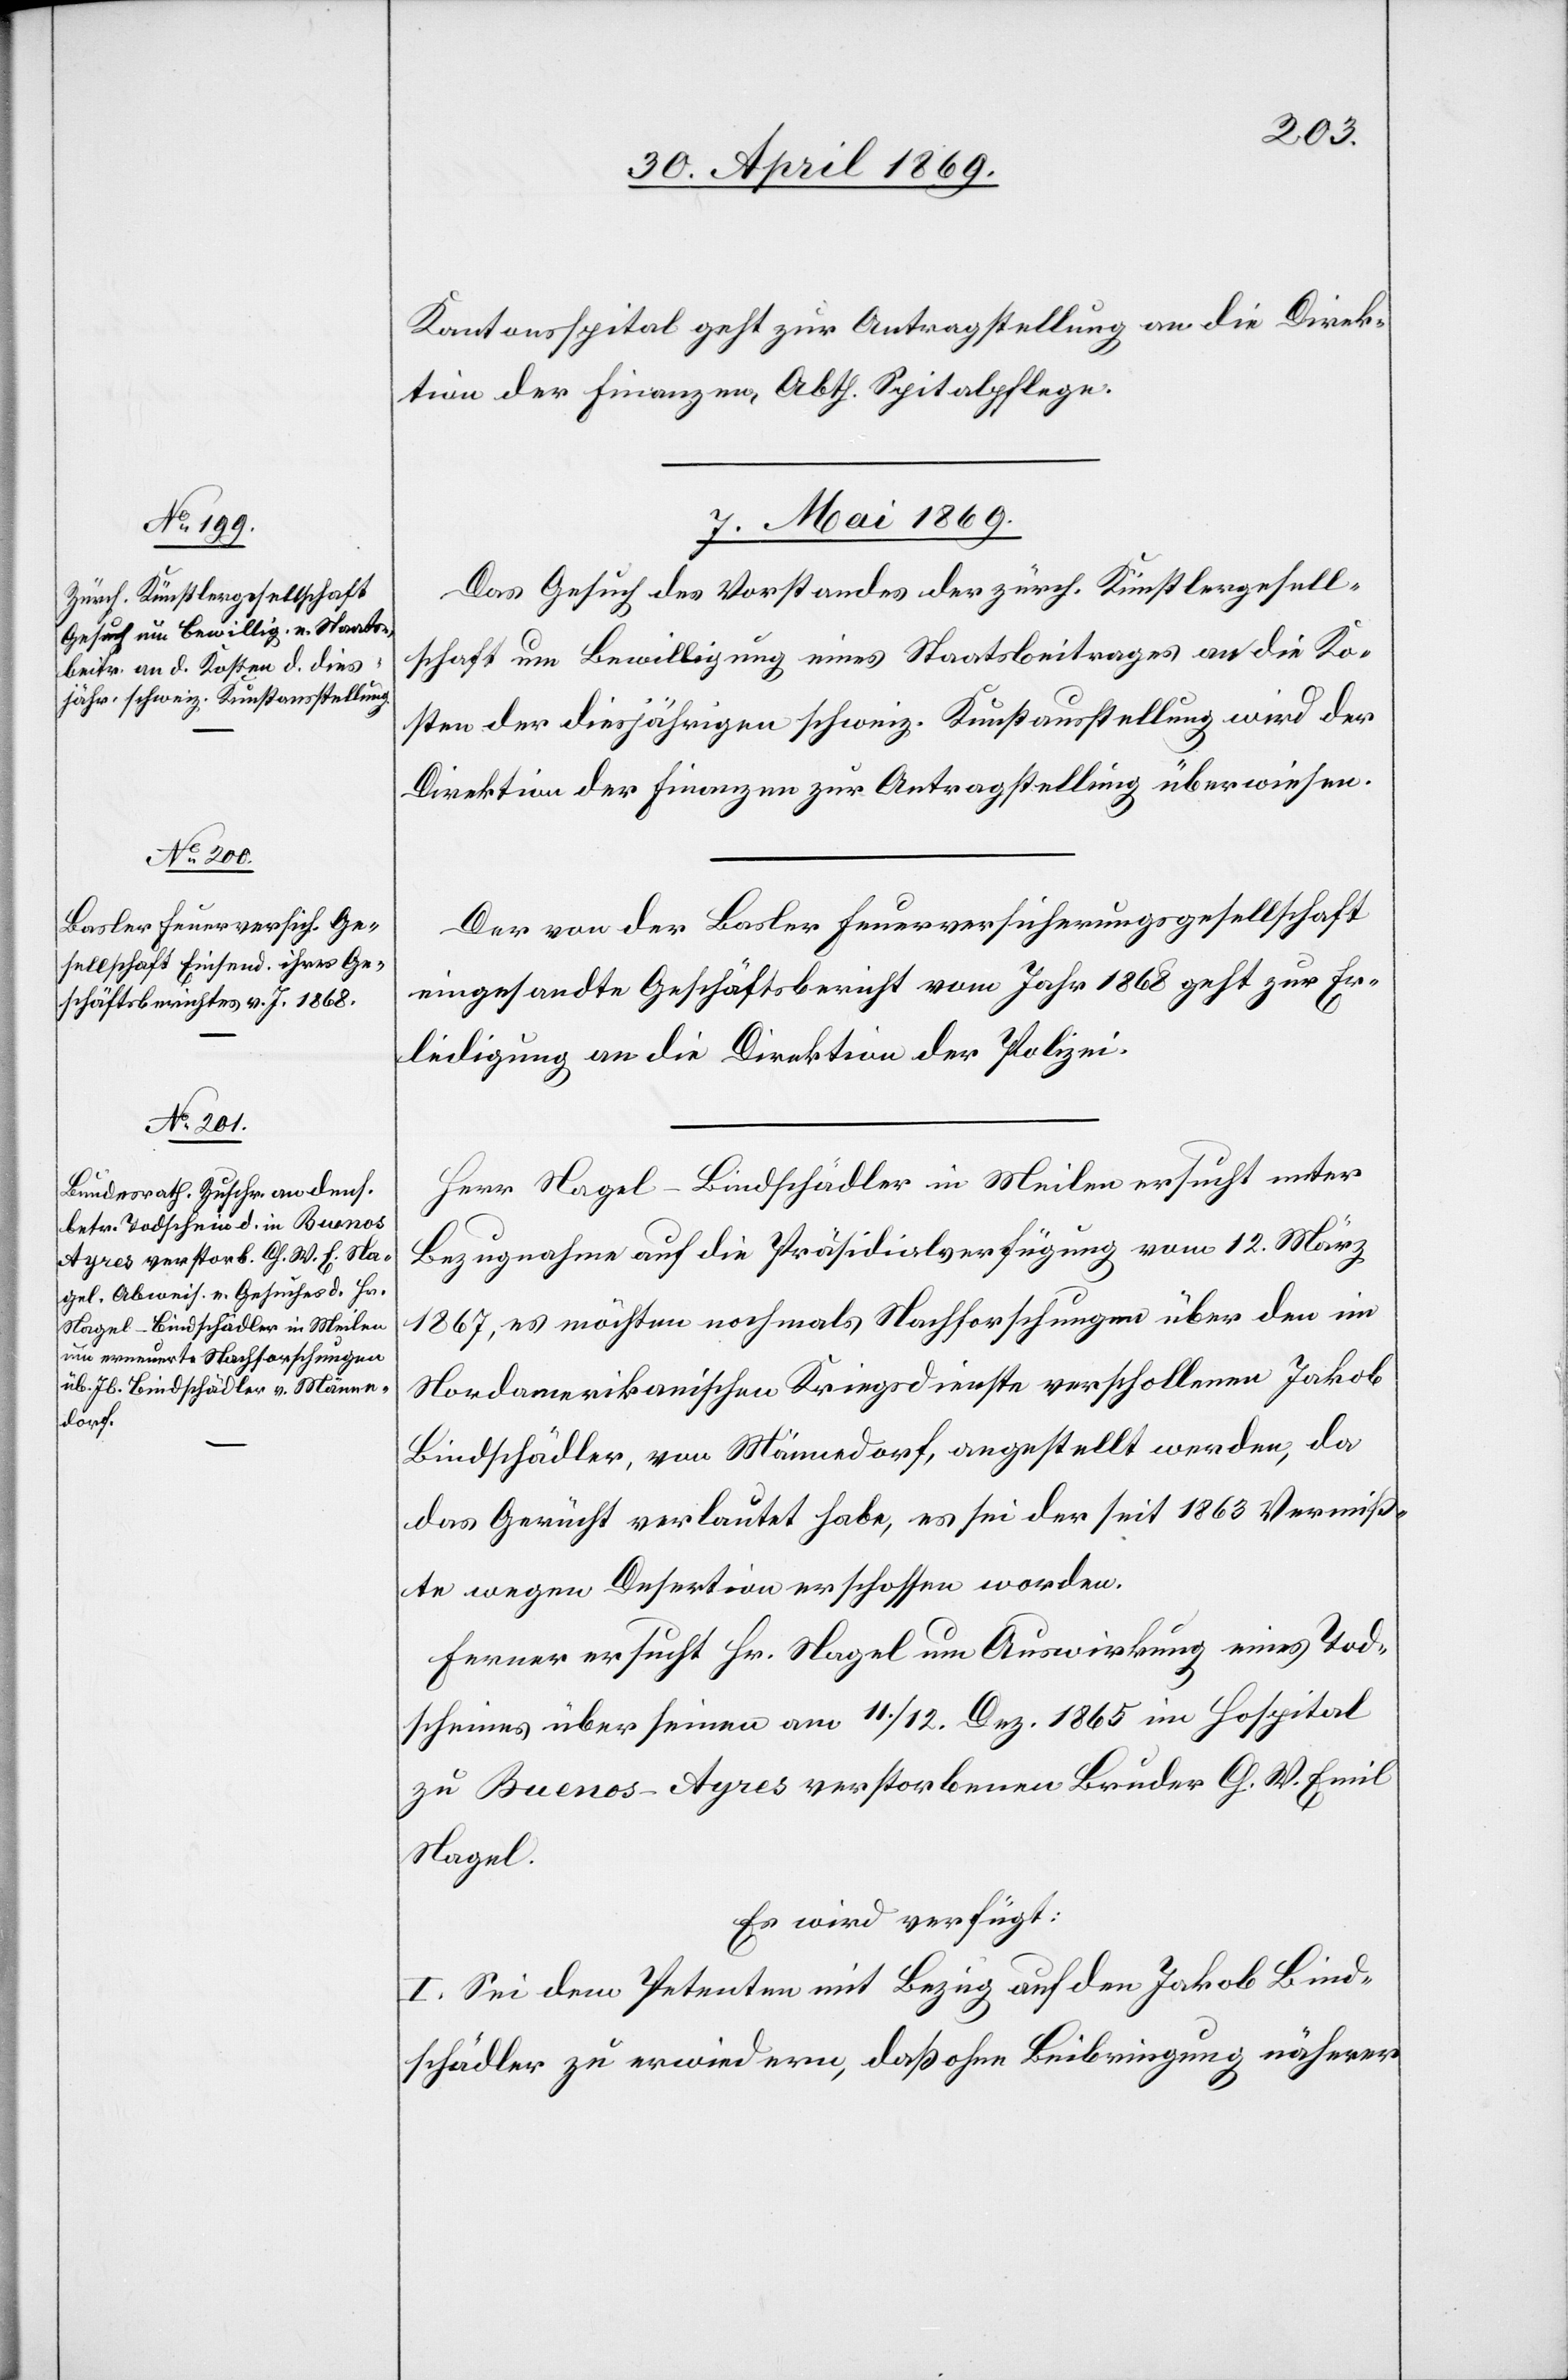
Kantonsspital geht zur Antragstellung an die Direk¬
tion der Finanzen, Abth. Spitalpflege.
7. Mai 1869.]
Das Gesuch des Vorstandes der zürch. Künstlergesell¬
schaft um Bewilligung eines Staatsbeitrages an die Ko¬
sten der diesjährigen schweiz. Kunstaustellung wird der
Direktion der Finanzen zur Antragstellung überwiesen.
Der von der Basler Feuerversicherungsgesellschaft
eingesandte Geschäftsbericht vom Jahr 1868 geht zur Er¬
ledigung an die Direktion der Polizei.
Herr Nagel-Bindschädler in Meilen ersucht unter
Bezugnahme auf die Präsidialverfügung vom 12. März
1867, es möchten nochmals Nachforschungen über den im
Nordamerikanischen Kriegsdienste verschollenen Jakob
Bindschädler, von Männedorf, angestellt werden, da
das Gerücht verlautet habe, es sei der seit 1863 Vermiß¬
te wegen Desertion erschossen worden.
Ferner ersucht Hr. Nagel um Auswirkung eines Tod¬
scheines über seinen am 11./12. Dez. 1865 im Hospital
zu Buenos-Ayres verstorbenen Bruder G. W. Emil
Nagel.
Es wird verfügt:
I. Sei dem Petenten mit Bezug auf den Jakob Bind¬
schädler zu erwiedern, daß ohne Beibringung näherer